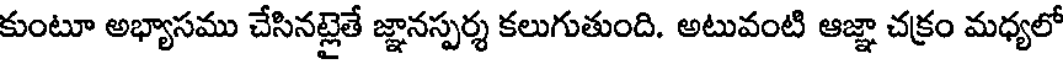
కుంటూ అభ్యాసము చేసినట్లైతే జ్ఞానస్పర్శ కలుగుతుంది. అటువంటి ఆజ్ఞా చక్రం మధ్యలో